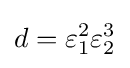
d=\varepsilon _{1}^{2}\varepsilon _{2}^{3}